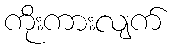
ကိုးကားလျက်